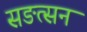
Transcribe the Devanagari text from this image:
सङत्सन